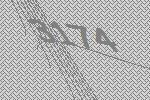
3174